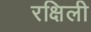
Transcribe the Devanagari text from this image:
रक्षिली